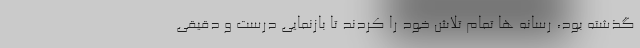
گذشته بود، رسانه ها تمام تلاش خود را کردند تا بازنمایی درست و دقیقی